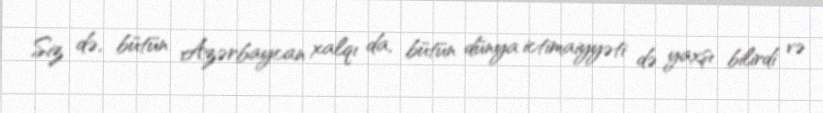
Siz də, bütün Azərbaycan xalqı da, bütün dünya ictimaiyyəti də yaxşı bilirdi və